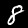
Digit: 8